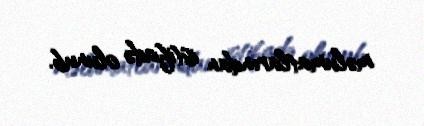
məlumatlarından istifadə olunub.